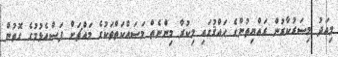
މިއަދު މިސަރުކާރުން ރައްޔިތުންގެ ޙައްޤުގައި މިކުރާ މިންނެތް މަސައްކަތްތަކުގެ މައްޗަށް ފަސްއެޅުމުގެ ގޮތުން